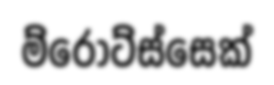
ම්රොට්ස්සෙක්